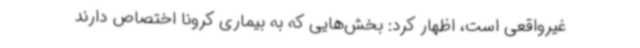
غیرواقعی است، اظهار کرد: بخش‌هایی که به بیماری کرونا اختصاص دارند